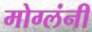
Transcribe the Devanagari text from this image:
मोग्लंनी